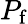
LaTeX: P_{\mathrm{f}}